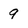
Character: 9